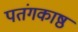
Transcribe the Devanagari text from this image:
पतंगकाष्ठ